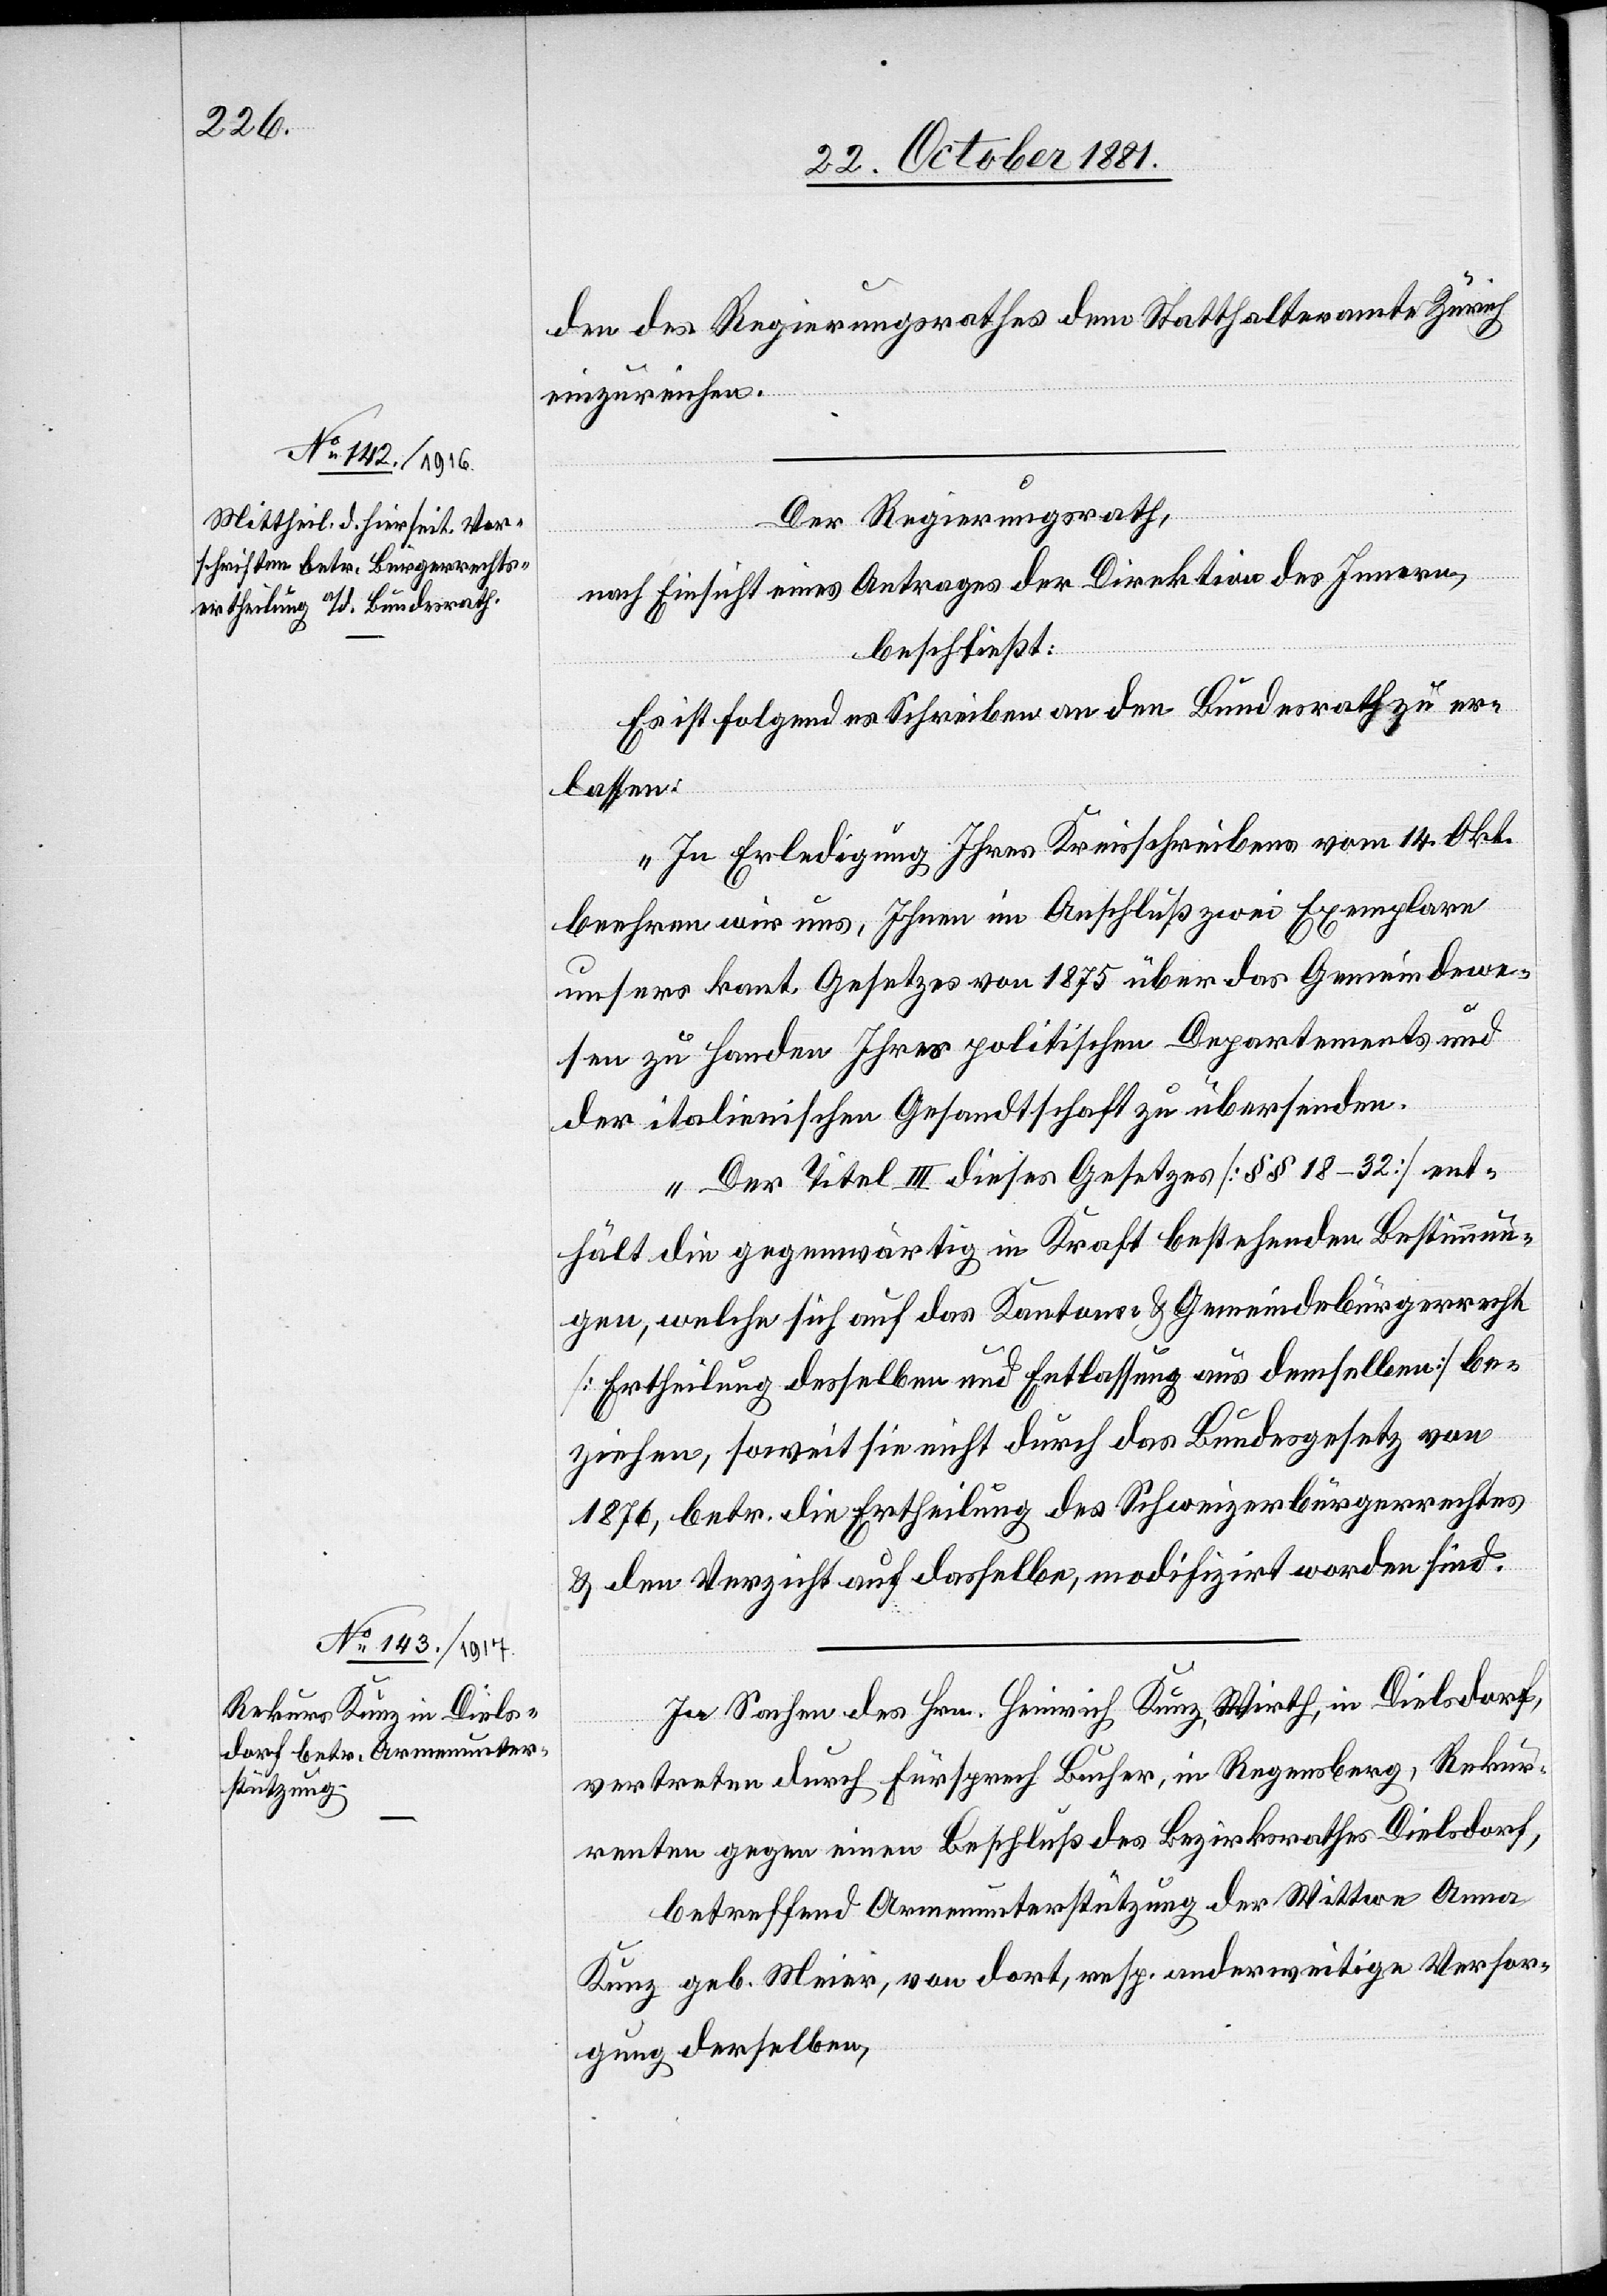
den des Regierungsrathes dem Statthalteramte Zürich
einzureichen.
Der Regierungsrath,
nach Einsicht eines Antrages der Direktion des Innern,
beschließt:
Es ist folgendes Schreiben an den Bundesrath zu er¬
lassen:
„In Erledigung Ihres Kreisschreibens vom 14. Okt.
beehren wir uns, Ihnen im Anschluß zwei Exemplare
unsers kant. Gesetzes von 1875 über das Gemeindewe¬
sen zu Handen Ihres politischen Departements und
der italienischen Gesandtschaft zu übersenden.
Der Titel III dieses Gesetzes [§§ 18–32] ent¬
hält die gegenwärtig in Kraft bestehenden Bestimmun¬
gen, welche sich auf das Kantons- & Gemeindebürgerrecht
[Ertheilung desselben und Entlassung aus demselben] be¬
ziehen, soweit sie nicht durch das Bundesgesetz von
1876, betr. die Ertheilung des Schweizerbürgerrechtes
& den Verzicht auf dasselbe, modifizirt worden sind.
In Sachen des Hrn. Heinrich Kunz, Wirth, in Dielsdorf,
vertreten durch Fürsprech Bucher, in Regensberg, Rekur¬
renten gegen einen Beschluß des Bezirksrathes Dielsdorf,
betreffend Armenunterstützung der Wittwe Anna
Kunz geb. Meier, von dort, resp. anderweitige Versor¬
gung derselben,